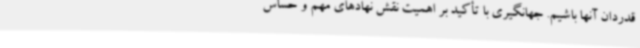
قدردان آنها باشیم. جهانگیری با تأکید بر اهمیت نقش نهادهای مهم و حساس